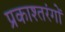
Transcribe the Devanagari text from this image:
प्रकाश्तरंगों